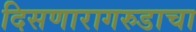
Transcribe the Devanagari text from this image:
दिसणारागरुडाचा